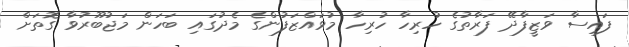
ފައިސާ ވަޒީފާދޭ ފަރާތުގެ ހުރިހާ ހުރިހާ މުވައްޒަފުންގެ މެދުގައި ބަހަން މަޖުބޫރުވާ ގޮތަށް